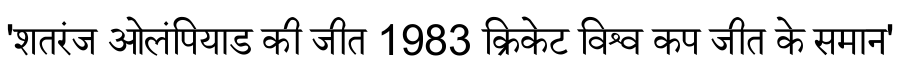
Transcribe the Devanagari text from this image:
'शतरंज ओलंपियाड की जीत 1983 क्रिकेट विश्व कप जीत के समान'